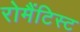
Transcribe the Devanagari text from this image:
रोमैंटिस्ट